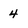
Character: 4